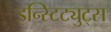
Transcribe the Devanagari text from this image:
इन्स्टिट्युट्स